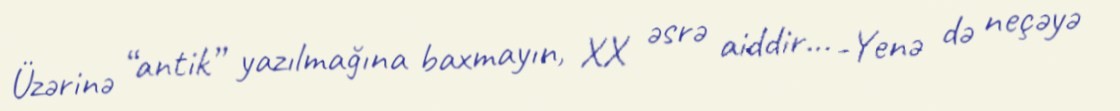
Üzərinə “antik” yazılmağına baxmayın, XX əsrə aiddir... -Yenə də neçəyə